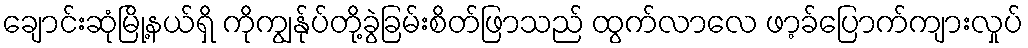
ချောင်းဆုံမြို့နယ်ရှိ ကိုကျွန်ုပ်တို့ခွဲခြမ်းစိတ်ဖြာသည် ထွက်လာလေ ဖာ့ခ်ပြောက်ကျားလှုပ်